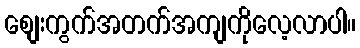
စျေးကွက်အတက်အကျကိုလေ့လာပါ။